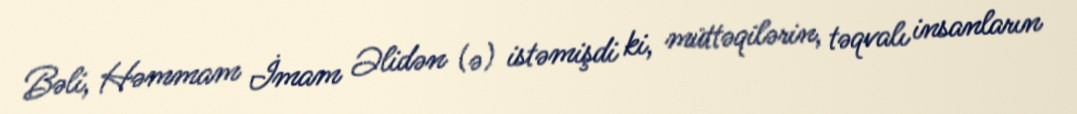
Bəli, Həmmam İmam Əlidən (ə) istəmişdi ki, müttəqilərin, təqvalı insanların